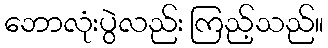
ဘောလုံးပွဲလည်း ကြည့်သည်။